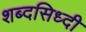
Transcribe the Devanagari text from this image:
शब्दसिध्दी